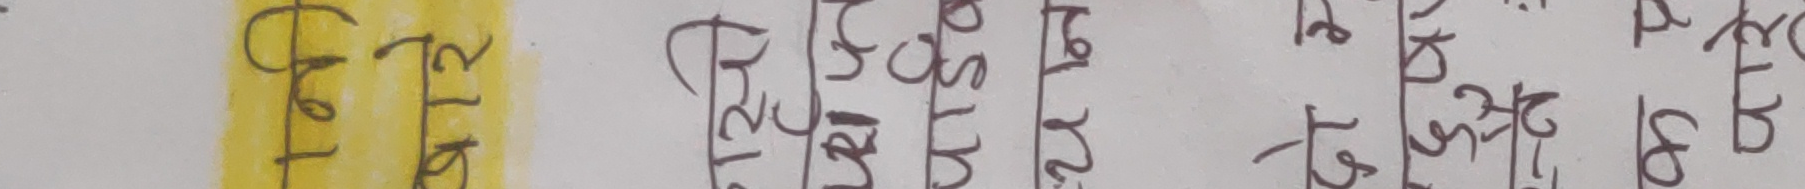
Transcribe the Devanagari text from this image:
फैलिर